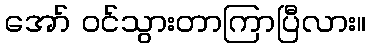
အော် ဝင်သွားတာကြာပြီလား။